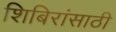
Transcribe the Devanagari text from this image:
शिबिरांसाठी